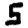
Digit: 5